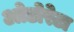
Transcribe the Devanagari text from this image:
ओडोरेटा